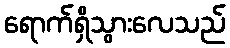
ရောက်ရှိသွားလေသည်